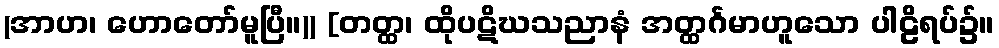
(အာဟ၊ ဟောတော်မူပြီ။)) [တတ္ထ၊ ထိုပဋိဃသညာနံ အတ္ထင်္ဂမာဟူသော ပါဠိရပ်၌။